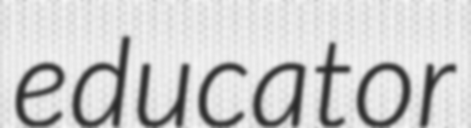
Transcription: educator